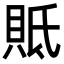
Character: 貾